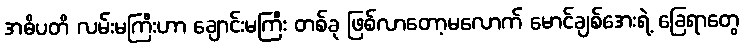
အဓိပတိ လမ်းမကြီးဟာ ချောင်းမကြီး တစ်ခု ဖြစ်လာတော့မလောက် မောင်ချစ်အေးရဲ့ ခြေရာတွေ